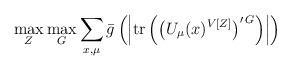
LaTeX: \begin{align*}\max_{Z} \max_{G} \sum_{x,\mu } \bar{g} \left( \left| \mbox{tr} \left( \left( U_{\mu } (x)^{V[Z]} \right)^{\prime \, G} \right) \right| \right)\end{align*}